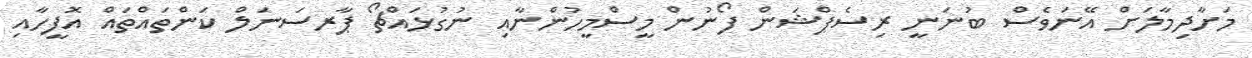
މަށާދިމާލަށް އޭނަވެސް ބުނަނީ ރިސެޕްޝަން ފޯނުން މީސްމީހުންނާއި ނުގުޅައްޗޯ ޕާރސަނަލް ކަންތައްތައް އޮފީހާއި